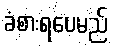
ခံစားရပေမည်